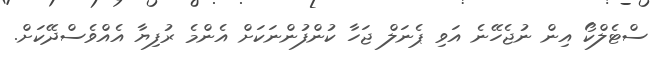
ސްޓެލްކޯ އިން ނުޖެހޭނެ އަވި ޕެނަލް ޖަހާ ކުންފުންނަކަށް އެންމެ ރުފިޔާ އެއްވެސްދޭކަށް.